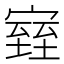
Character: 𪧧